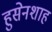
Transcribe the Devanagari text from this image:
हुसेनशाह